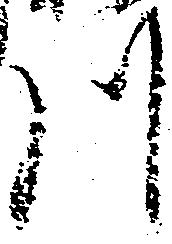
川